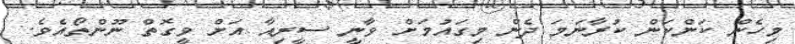
މިހެން ކަންކަން ކުރާނަމަ ދެން މިގައުމަށް ވާނީ ސީރިއާ އަށް ވީގޮތް ނޫންތޯއެވެ.